Scottish Leaving Certificate Examination, 1956
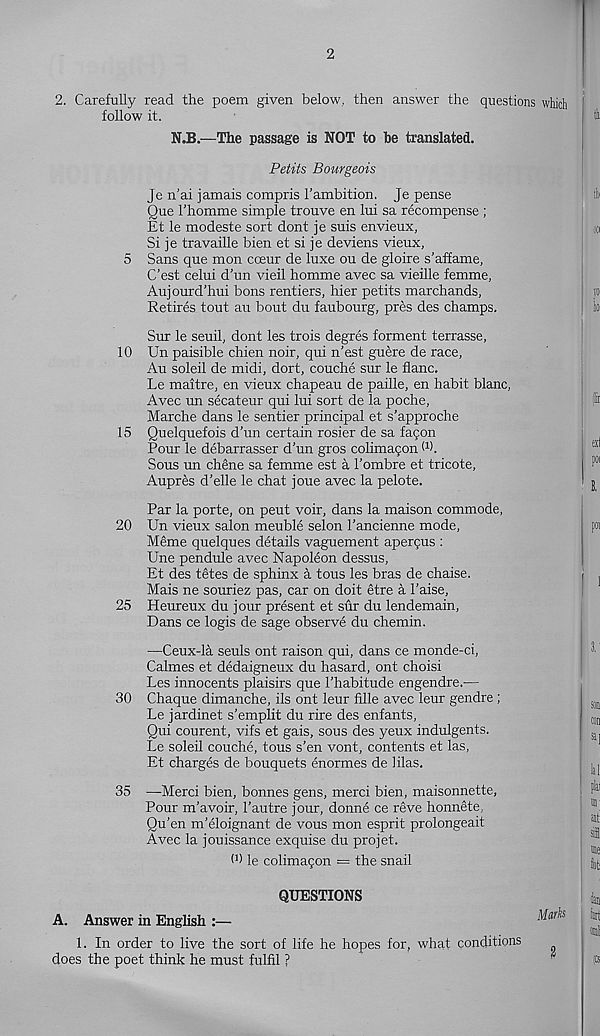
2
2. Carefully read the poem given below, then answer the questions which
follow it.
N.B.—The passage is NOT to be translated.
Petits Bourgeois
Je n’ai jamais compris I'ambition. Je pense
Que 1’homme simple trouve en lui sa recompense ;
Et le modeste sort dont je suis envieux,
Si je travaille bien et si je deviens vieux,
5 Sans que mon cceur de luxe ou de gloire s’affame,
C’est celui d'un vieil homme avec sa vieille femme,
Aujourd'hui bons rentiers, hier petits marchands,
Retires tout au bout du faubourg, pr6s des champs.
Sur le seuil, dont les trois degres forment terrasse,
10 Un paisible chien noir, qui n’est guere de race,
Au soleil de midi, dort, couche sur le flanc.
Le maitre, en vieux chapeau de paille, en habit blanc,
Avec un secateur qui lui sort de la poche,
Marche dans le sentier principal et s’approche
15 Quelquefois d’un certain rosier de sa faqon
Pour le debarrasser d’un gros colimaqon (1 ).
Sous un chene sa femme est a I’ombre et tricote,
Aupres d’elle le chat joue avec la pelote.
Par la porte, on peut voir, dans la maison commode,
20 Un vieux salon meuble selon 1’ancienne mode,
Meme quelques details vaguement aperqus :
Une pendule avec Napoleon dessus,
Et des tetes de sphinx a tous les bras de chaise.
Mais ne souriez pas, car on doit etre a 1’aise,
25 Heureux du jour present et sur du lendemain,
Dans ce logis de sage observe du chemin.
—Ceux-la seuls ont raison qui, dans ce monde-ci,
Calmes et dedaigneux du hasard, ont choisi
Les innocents plaisirs que 1’habitude engendre.—
30 Chaque dimanche, ils ont leur fille avec leur gendre ;
Le jardinet s’emplit du rire des enfants,
Qui courent, vifs et gais, sous des yeux indulgents.
Le soleil couche, tous s’en vont, contents et las,
Et charges de bouquets enormes de bias.
35 —Merci bien, bonnes gens, merci bien, maisonnette,
Pour m’avoir, 1’autre jour, donne ce reve honnete,
Qu’en m’eloignant de vous mon esprit prolongeait
Avec la jouissance exquise du projet.
O) le colimaqon = the snail
QUESTIONS
A. Answer in English :—
J^'
1. In order to live the sort of life he hopes for, what conditions
does the poet think he must fulfil ?